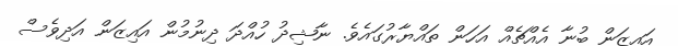
އައިޒަން ބުނާ އެއްޗެއް އަހަން ތައްޔާރުގައެވެ. ނާޝިދު ހުއްދަ ދިނުމުން އައިޒަން އަދިވެސް